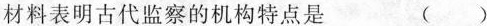
材料表明古代监察的机构特点是（）